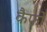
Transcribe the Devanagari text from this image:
कैफो